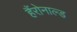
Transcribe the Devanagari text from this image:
हैंरोनाल्ड